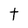
Character: t